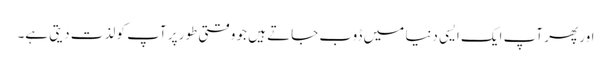
اور پھر آپ ایک ایسی دنیا میں ڈوب جاتے ہیں جو وقتی طور پر آپ کو لذت دیتی ہے۔